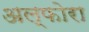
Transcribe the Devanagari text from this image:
अल्फोरा